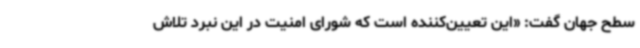
سطح جهان گفت: «این تعیین‌کننده است که شورای امنیت در این نبرد تلاش